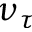
\nu _ { \tau }